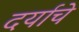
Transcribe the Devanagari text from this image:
दर्याचे